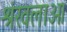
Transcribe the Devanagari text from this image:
श्रंखलाओ